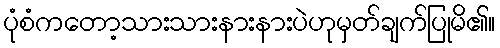
ပုံစံကတော့သားသားနားနားပဲဟုမှတ်ချက်ပြုမိ၏။